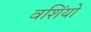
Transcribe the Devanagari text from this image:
वशिंयो